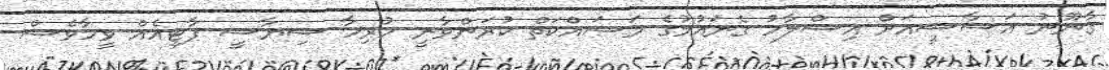
ގާނޫނު އަސާސީއަށް އިސްލާހު ގެނައުމުގެ މަސައްކަތް ކުރަންވާނީ ހުރިހާ ސިޔާސީ ޕާޓީއެއް ވީހާވެސް